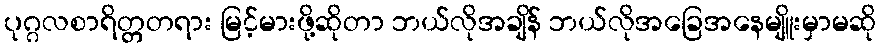
ပုဂ္ဂလစာရိတ္တတရား မြင့်မားဖို့ဆိုတာ ဘယ်လိုအချိန် ဘယ်လိုအခြေအနေမျိူးမှာမဆို